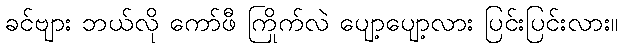
ခင်ဗျား ဘယ်လို ကော်ဖီ ကြိုက်လဲ ပျော့ပျော့လား ပြင်းပြင်းလား။